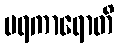
ပရကာရောတိ